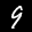
Label: 9